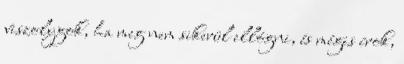
viszolygok, ha meg nem sikerül ellógni, és mégis írok,